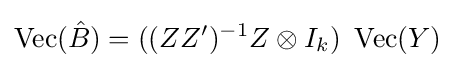
\operatorname {Vec} ({\hat {B}})=((ZZ')^{-1}Z\otimes I_{k})\ \operatorname {Vec} (Y)